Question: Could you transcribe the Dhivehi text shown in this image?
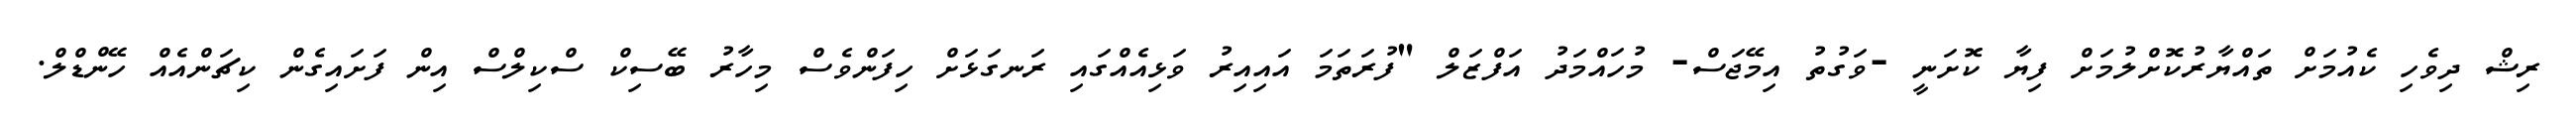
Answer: ރިޝް ދިވެހި ކެއުމަށް ތައްޔާރުކޮށްލުމަށް ފިޔާ ކޮށަނީ -ވަގުތު އިމޭޖަސް- މުހައްމަދު އަފްޒަލް "ފުރަތަމަ އައިއިރު ވަޅިއެއްގައި ރަނގަޅަށް ހިފަންވެސް މިހާރު ބޭސިކް ސްކިލްސް އިން ފަށައިގެން ކިޗަންއެއް ހޭންޑްލް.